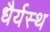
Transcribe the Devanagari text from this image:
धैर्यस्थ